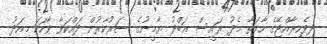
ދިވެހިރާއްޖޭގެ ހާލަތާ މެދު ރައީސް ޢަބްދު ޔާމީނުގެ ސަރުކާރުން ދައްކަވާ ވާހަކަ މިއަދު